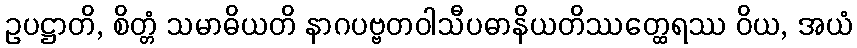
ဥပဋ္ဌာတိ, စိတ္တံ သမာဓိယတိ နာဂပဗ္ဗတဝါသီပဓာနိယတိဿတ္ထေရဿ ဝိယ, အယံ